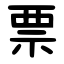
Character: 票